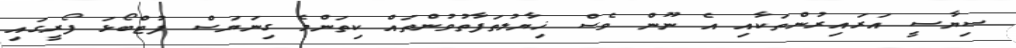
ސިޔާސީ އަރައިރުންތަކާއި އެ ނޫން ވެސް ޚިޔާލުތަފާތުވުންތައް ކިތަންމެ ގިނަޔަސް ފުޓްބޯޅަ ފޯރީގައި